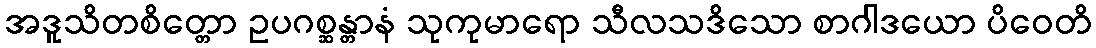
အဒူသိတစိတ္တော ဥပဂစ္ဆန္တာနံ သုကုမာရော သီလသဒိသော စာဂါဒယော ပိဝေတိ